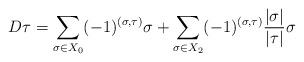
LaTeX: \begin{align*}D \tau = \sum_{\sigma \in X_0} (-1)^{(\sigma, \tau)} \sigma + \sum_{\sigma \in X_2} (-1)^{(\sigma, \tau)} \frac{| \sigma | }{ | \tau |} \sigma\end{align*}